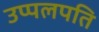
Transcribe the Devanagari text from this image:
उप्पलपति